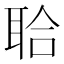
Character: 𦕲